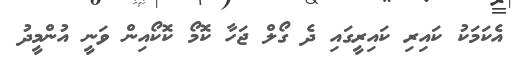
އެކަމަކު ކައިރި ކައިރީގައި ދެ ގޯލް ޖަހާ ކޮމޯ ކޮކޯއިން ވަނީ އުންމީދު